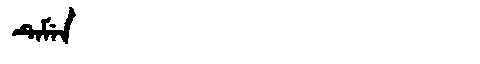
Manchu: ᡨᡝᠮᡝᠨ
Romanization: TEMEN